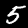
Digit: 5